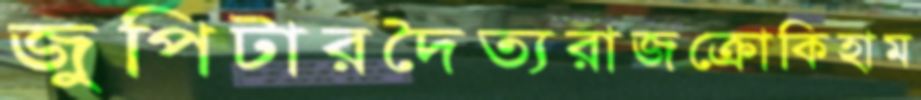
জুপিটারদৈত্যরাজক্রোকিহাম